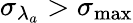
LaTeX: {\sigma_{\lambda_{a}}}>\sigma_{\mathrm{max}}